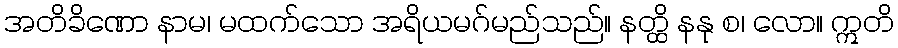
အတိခိဏော နာမ၊ မထက်သော အရိယမဂ်မည်သည်။ နတ္ထိ နနု စ၊ လော။ ဣတိ